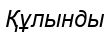
Құлынды